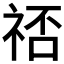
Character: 𬒷